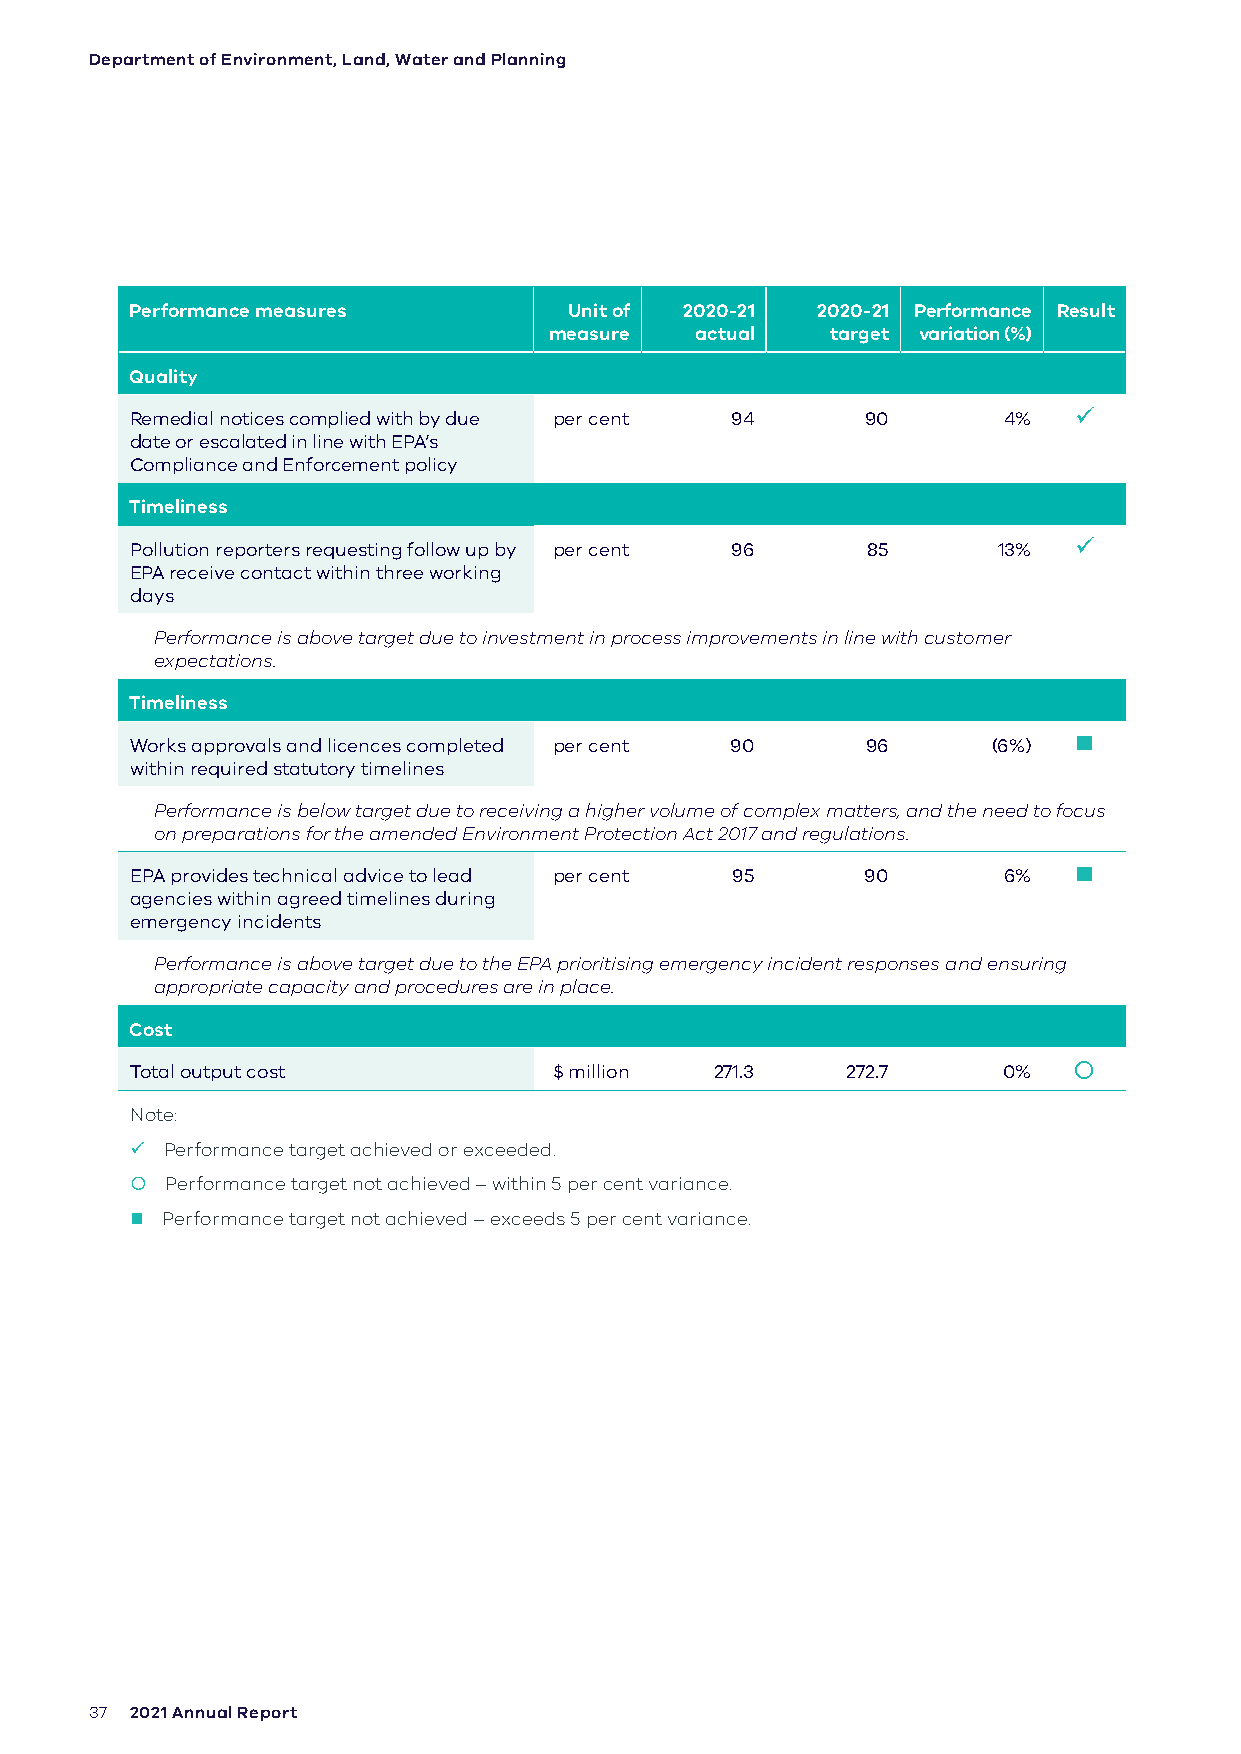
Department of Environment, Land, Water and Planning
 Performance measures         Unit of 2020-21 2020-21 Performance Result
 measure   actual   target variation (%)
 Quality
 Remedial notices complied with by due per cent 94 90     4%   
 date or escalated in line with EPA’s
 Compliance and Enforcement policy
 Timeliness
 Pollution reporters requesting follow up by per cent 96 85 13% 
 EPA receive contact within three working
 days
 Performance is above target due to investment in process improvements in line with customer
 expectations.
 Timeliness
 Works approvals and licences completed per cent 90 96    (6%) 
 within required statutory timelines
 Performance is below target due to receiving a higher volume of complex matters, and the need to focus
 on preparations for the amended Environment Protection Act 2017 and regulations.
 EPA provides technical advice to lead per cent 95 90     6%   
 agencies within agreed timelines during
 emergency incidents
 Performance is above target due to the EPA prioritising emergency incident responses and ensuring
 appropriate capacity and procedures are in place.
 Cost
 Total output cost           $ million 271.3    272.7     0%   
 Note:
  Performance target achieved or exceeded.
  Performance target not achieved – within 5 per cent variance.
  Performance target not achieved – exceeds 5 per cent variance.
 37 2021 Annual Report